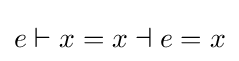
e\vdash x=x\dashv e=x